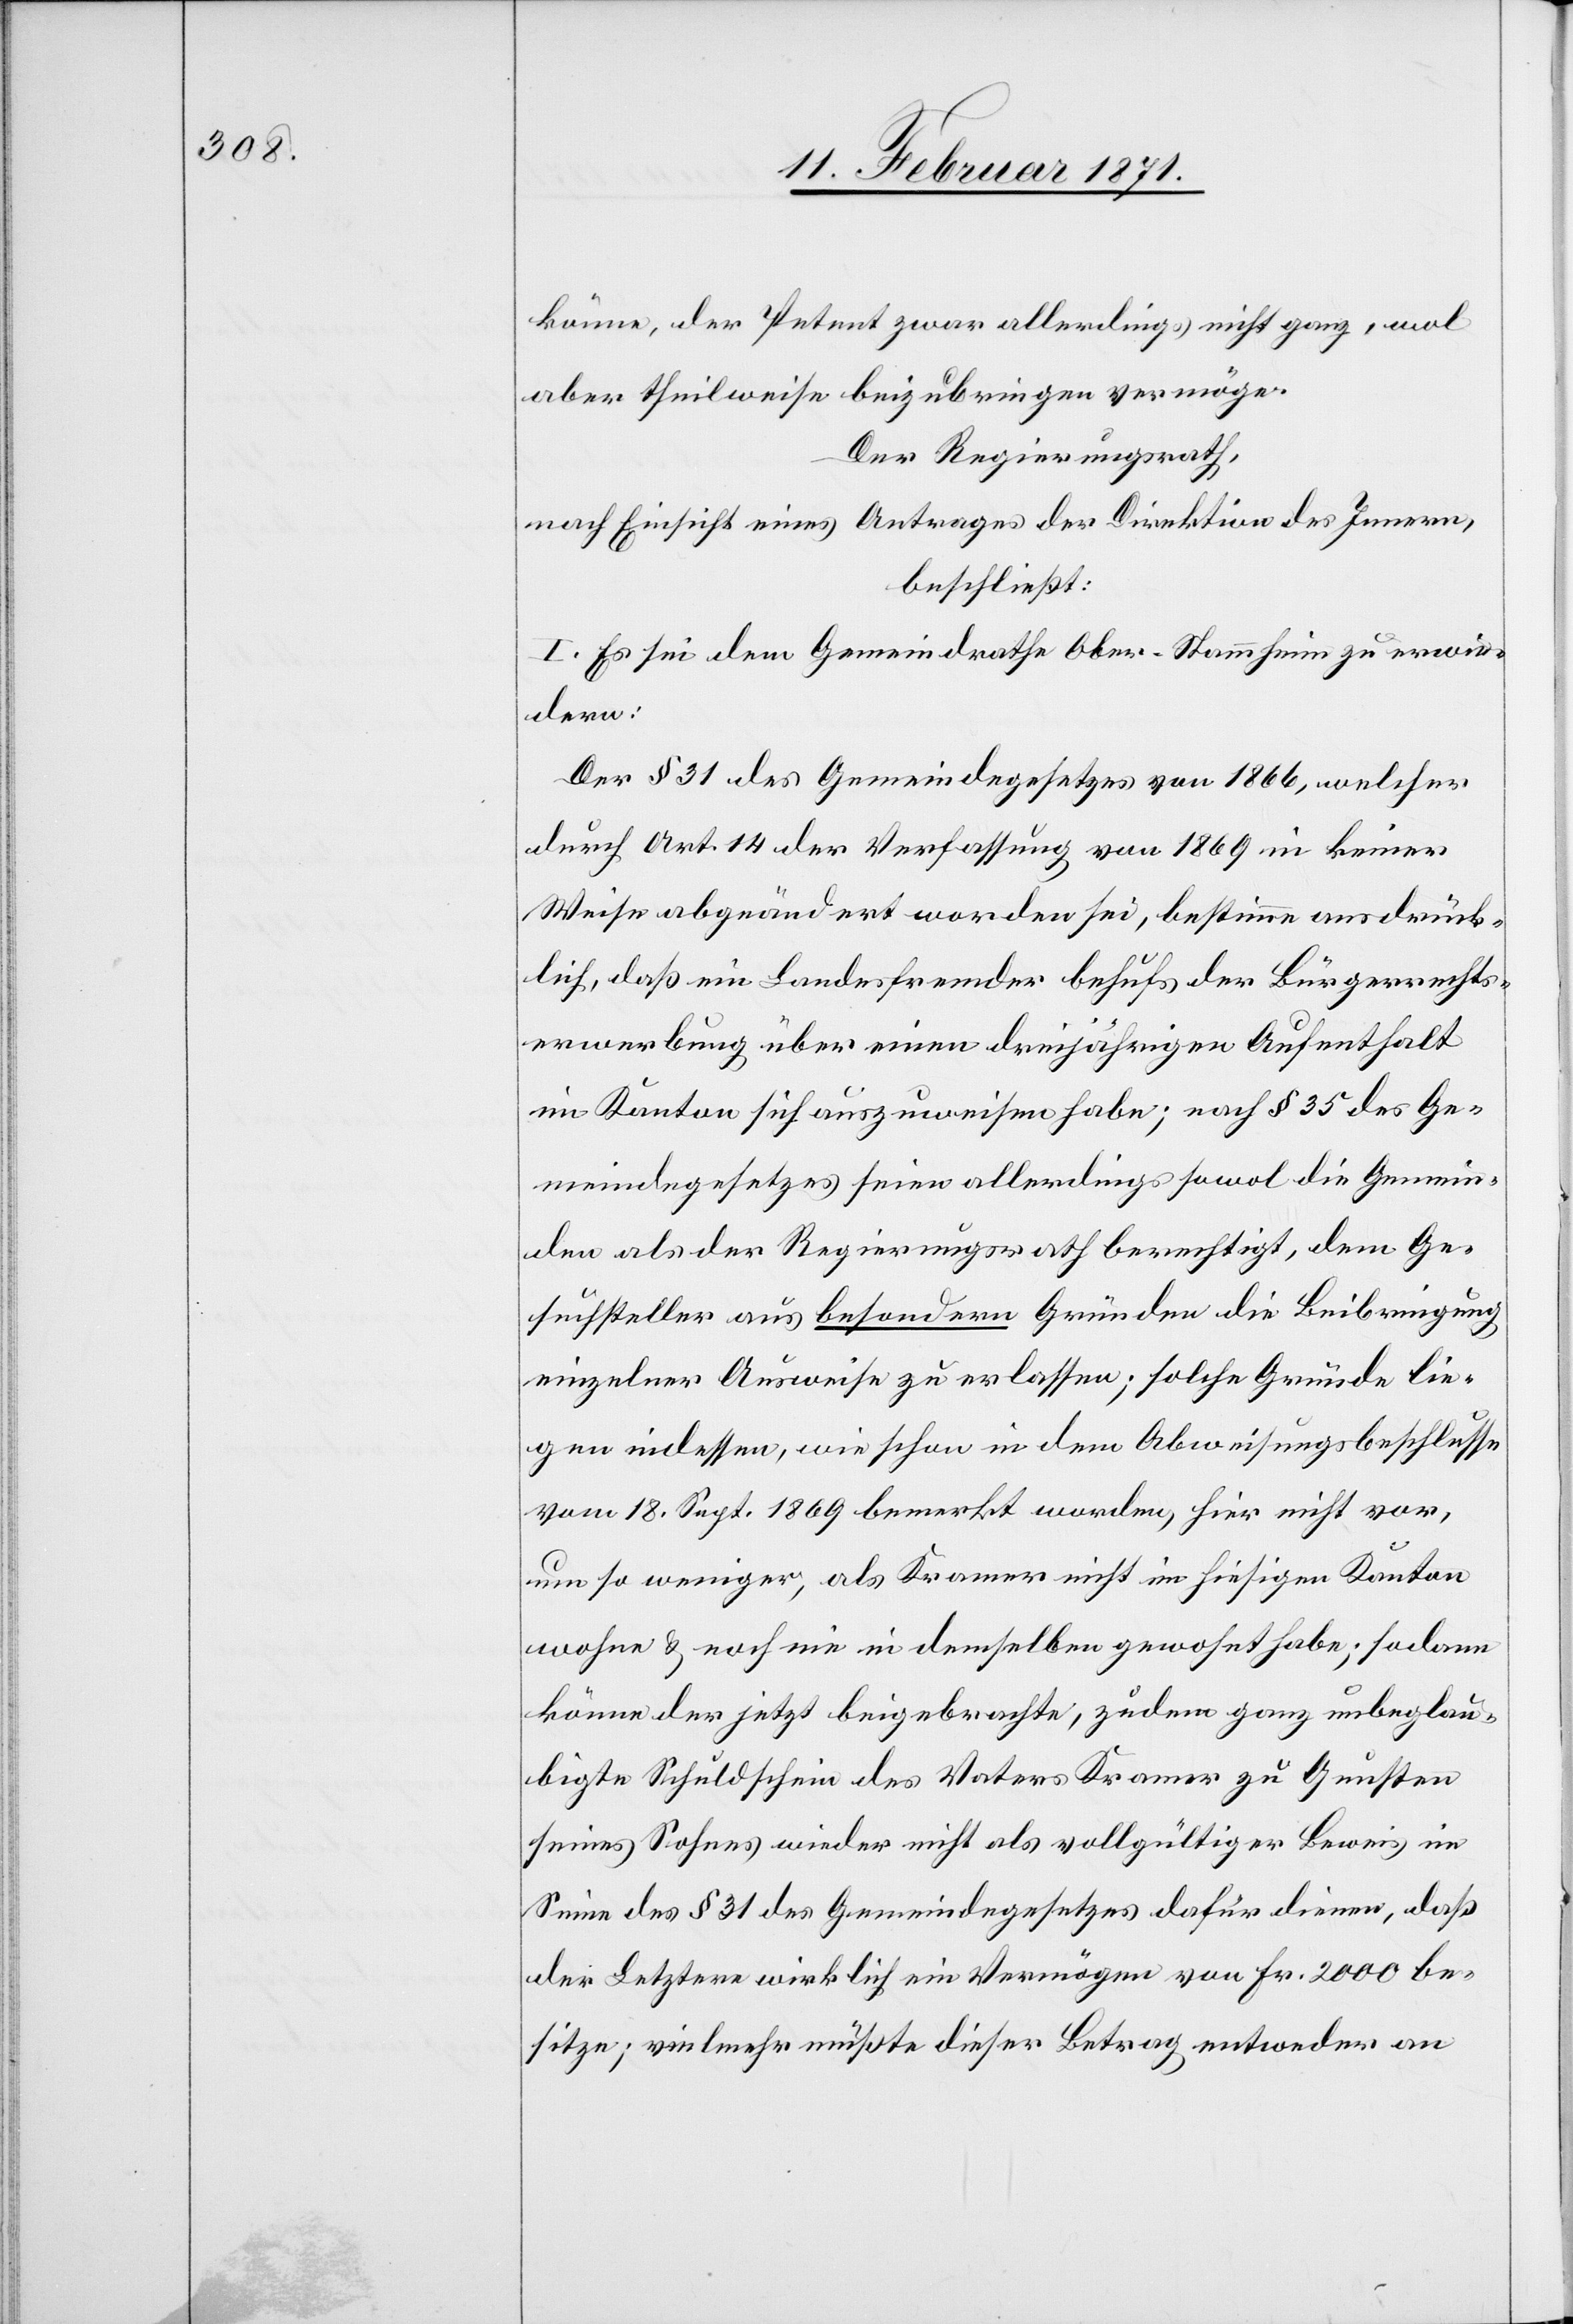
könne, der Petent zwar allerdings nicht ganz, wol
aber theilweise beizubringen vermöge.
Der Regierungsrath,
nach Einsicht eines Antrages der Direktion des Innern,
beschließt:
I. Es sei dem Gemeindrathe Ober-Stammheim zu erwie¬
dern:
Der § 31 des Gemeindegesetzes von 1866, welcher
durch Art. 14 der Verfassung von 1869 in keiner
Weise abgeändert worden sei, bestimme ausdrück¬
lich, daß ein Landesfremder behufs der Bürgerrechts¬
erwerbung über einen dreijährigen Aufenthalt
im Kanton sich auszuweisen habe; nach § 35 des Ge¬
meindegesetzes seien allerdings sowol die Gemein¬
den als der Regierungsrath berechtigt, dem Ge¬
suchsteller aus besondern Gründen die Beibringung
einzelner Ausweise zu erlassen; solche Gründe lie¬
gen indessen, wie schon in dem Abweisungsbeschlusse
vom 18. Sept. 1869 bemerkt worden, hier nicht vor,
um so weniger, als Kramer nicht im hiesigen Kanton
wohne u. noch nie in demselben gewohnt habe; sodann
könne der jetzt beigebrachte , zudem ganz unbeglau¬
bigte Schuldschein des Notars Kramer zu Gunsten
seines Sohnes wieder nicht als vollgültiger Beweis im
Sinne des § 31 des Gemeindegesetzes dafür dienen, daß
der Letztere wirklich ein Vermögen von Fr. 2000 be¬
sitze, vielmehr müßte dieser Betrag entweder an